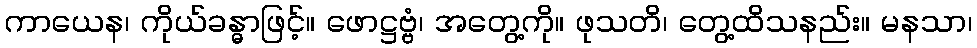
ကာယေန၊ ကိုယ်ခန္ဓာဖြင့်။ ဖောဋ္ဌဗ္ဗံ၊ အတွေ့ကို။ ဖုသတိ၊ တွေ့ထိသနည်း။ မနသာ၊